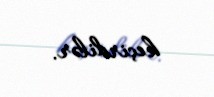
keçirdilər.